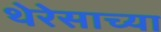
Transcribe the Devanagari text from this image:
थेरेसाच्या